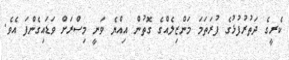
ކެރީގެ ދަތުރުފުޅުގެ ފުރަތަމަ މަންޒިލެއްގެ ގޮތުން އިއްޔެ ވަނީ މިސްރަށް ވަޑައިގެންފަ އެވެ.